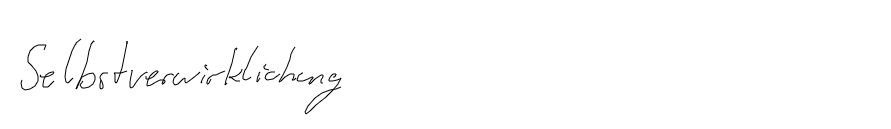
Selbstverwirklichung